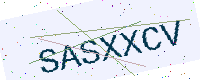
Text: SASXXCV